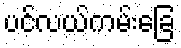
ပင်လယ်ကမ်းခြေ